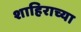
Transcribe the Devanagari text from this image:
शाहिराच्या